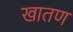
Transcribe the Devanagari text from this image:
खातण